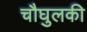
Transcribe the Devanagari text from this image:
चौघुलकी